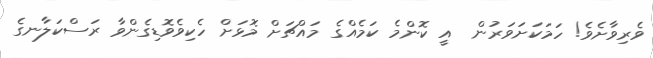
ވެރިވާށެވެ! ހަމަކަށަވަރުން  އީ ކޮންމެ ކަމެއްގެ މައްޗަށް މޮޅަށް ހެކިވެވޮޑިގެންވާ ރަސްކަލާނގެ